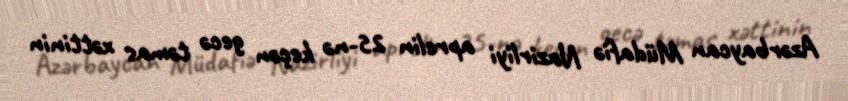
Azərbaycan Müdafiə Nazirliyi aprelin 25-nə keçən gecə təmas xəttinin